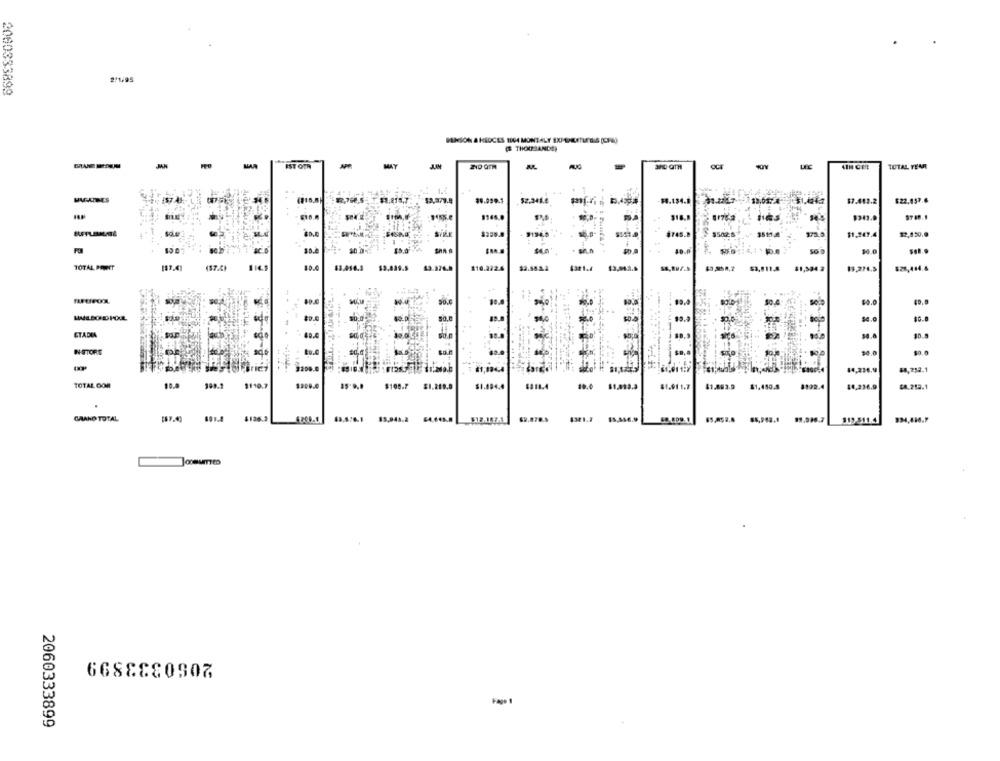
2/1/95
2080333899
KIOCES 1104 MONTALY EXP SHEETLE'SIS (CF-A)
( THOUSANDS)
IST OTR
MAY
TOTAL YEAR
44
$1.215,7
$2.979.8
52.341.6
$4.134.1
$7.413.2
$22.457.6
$343.0
97.0.1
9134.8
972.5
$1,247.4
$2,430.0
$0.0-
10.0
TOTAL POMOCT
($7.0)
10.0
13.376.8
4321.4
$3,811.4
$10.272.6
$1,504.2
19,276.5
$25,444.4
19.9
$4.0
40.0
ETADIA
$0.
$0.0
3200.0
7125.7
14,236,9
TOTAL COM
10.0
$110.7
$108.7
$311.4
10.0 $1.013.2
61.91 1.7
41.893.9 81.450.5
8192.4
$4,236.9
$4.252.1
GAAND TOTAL
4126.2
119.511.4
934,416.F
6688880507
Fago 1
2060333899